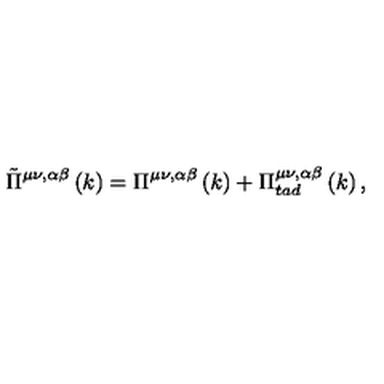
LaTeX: \tilde { \Pi } ^ { \mu \nu , \alpha \beta } \left( k \right) = \Pi ^ { \mu \nu , \alpha \beta } \left( k \right) + \Pi _ { t a d } ^ { \mu \nu , \alpha \beta } \left( k \right) ,